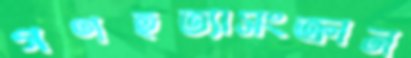
গণহত্যাসংক্রান